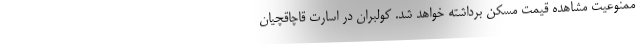
ممنوعیت مشاهده قیمت مسکن برداشته خواهد شد. كولبران در اسارت قاچاقچيان